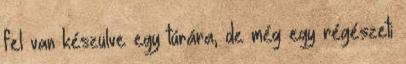
fel van készülve egy túrára, de még egy régészeti